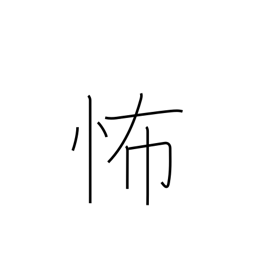
Meaning: dreadful